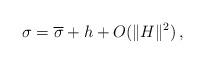
LaTeX: \begin{align*}\sigma= \overline{\sigma}+h+O(\|H\|^{2})\,,\end{align*}